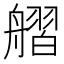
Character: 䒁